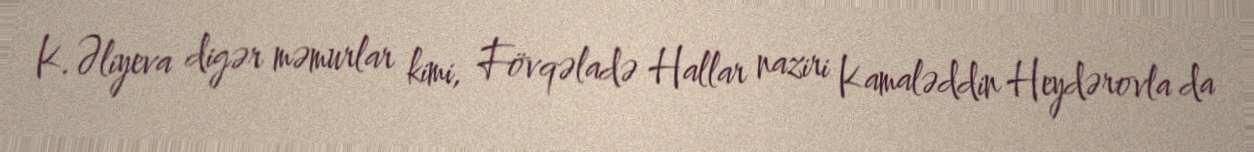
K.Əliyeva digər məmurlar kimi, Fövqəladə Hallar naziri Kamaləddin Heydərovla da